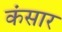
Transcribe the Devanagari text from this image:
कंसार